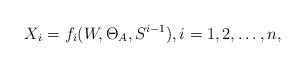
LaTeX: \begin{align*}X_i = f_i(W,\Theta_A,S^{i-1}),i=1,2,\ldots, n,\end{align*}